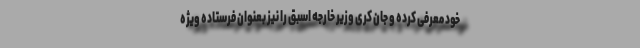
خود معرفی کرده و جان کری وزیر خارجه اسبق را نیز بعنوان فرستاده ویژه